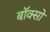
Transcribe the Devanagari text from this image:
बॉक्सो